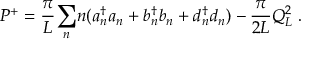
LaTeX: P ^ { + } = { \frac { \pi } { L } } { \sum _ { n } } n ( a { _ n ^ { \dagger } } a _ { n } + b { _ n ^ { \dagger } } b _ { n } + d { _ n ^ { \dagger } } d _ { n } ) - { \frac { \pi } { 2 L } } Q _ { L } ^ { 2 } \; .